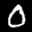
Label: 0